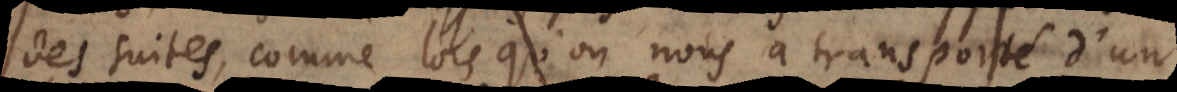
des suites, comme lorsqu’on nous a transporté d’un